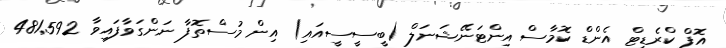
އޮފް ކްރެޑިޓް އެންޑް ކޮމާސް އިންޓަނޭޝަނަލް (ބީސީސީއައި) އިން މުސްތޮފާ ނަންގަވާފައިވާ 481